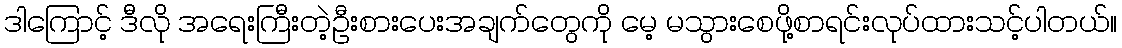
ဒါကြောင့် ဒီလို အရေးကြီးတဲ့ဦးစားပေးအချက်တွေကို မေ့ မသွားစေဖို့စာရင်းလုပ်ထားသင့်ပါတယ်။